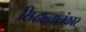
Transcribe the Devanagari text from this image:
सिद्धान्तालंकार